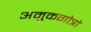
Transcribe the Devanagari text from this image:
अमुकगोत्रो